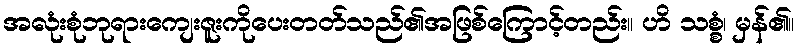
အလုံးစုံဘုရားကျေးဇူးကိုပေးတတ်သည်၏အဖြစ်ကြောင့်တည်း။ ဟိ သစ္စံ၊ မှန်၏။